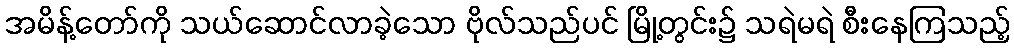
အမိန့်တော်ကို သယ်ဆောင်လာခဲ့သော ဗိုလ်သည်ပင် မြို့တွင်း၌ သရဲမရဲ စီးနေကြသည့်